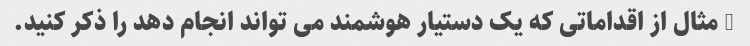
3 مثال از اقداماتی که یک دستیار هوشمند می تواند انجام دهد را ذکر کنید.